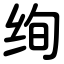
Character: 绚